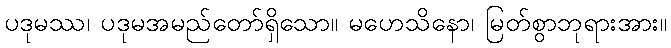
ပဒုမဿ၊ ပဒုမအမည်တော်ရှိသော။ မဟေသိနော၊ မြတ်စွာဘုရားအား။